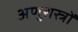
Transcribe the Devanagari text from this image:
अणुशस्त्रों